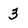
Character: 3